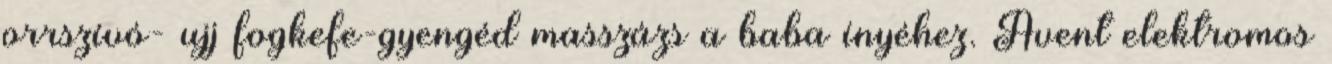
orrszívó- ujj fogkefe-gyengéd masszázs a baba ínyéhez. Avent elektromos